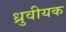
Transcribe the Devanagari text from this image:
ध्रुवीयक